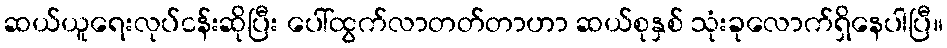
ဆယ်ယူရေးလုပ်ငန်းဆိုပြီး ပေါ်ထွက်လာတတ်တာဟာ ဆယ်စုနှစ် သုံးခုလောက်ရှိနေပါပြီ။